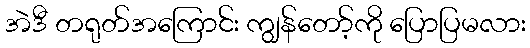
အဲဒီ တရုတ်အကြောင်း ကျွန်တော့်ကို ပြောပြမလား